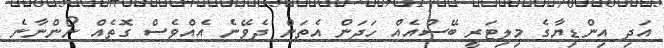
އަދި އިންޑިޔާގެ މިލިޓަރީ ބޭސްއެއް ހަދަން އެތަން ދެވޭނެ އެއްވެސް ގޮތެއް ނޯންނާނެ